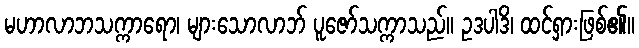
မဟာလာဘသက္ကာရော၊ များသောလာဘ် ပူဇော်သက္ကာသည်။ ဥဒပါဒိ၊ ထင်ရှားဖြစ်၏။